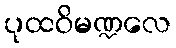
ပုထဝိမဏ္ဍလေ